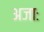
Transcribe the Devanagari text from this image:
अजाः